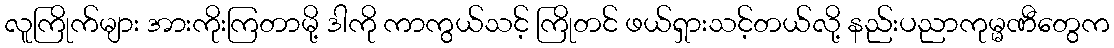
လူကြိုက်များ အားကိုးကြတာမို့ ဒါကို ကာကွယ်သင့် ကြိုတင် ဖယ်ရှားသင့်တယ်လို့ နည်းပညာကုမ္မဏီတွေက